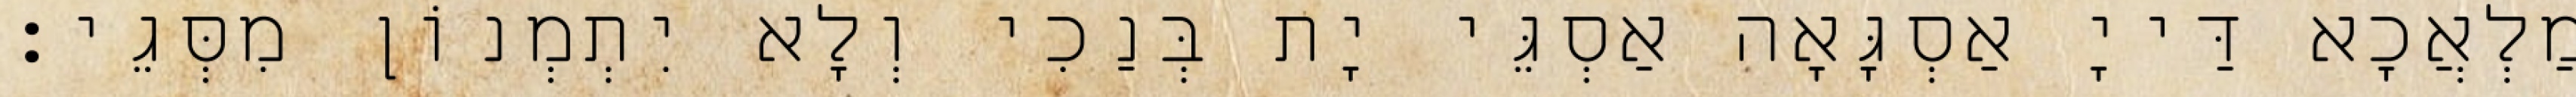
מַלְאֲכָא דַּייָ אַסְגָּאָה אַסְגֵּי יָת בְּנַכִי וְלָא יִתְמְנוֹן מִסְּגֵי׃